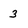
Character: 3